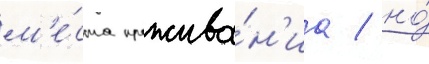
м'е́ста прожива́н'иа / но́